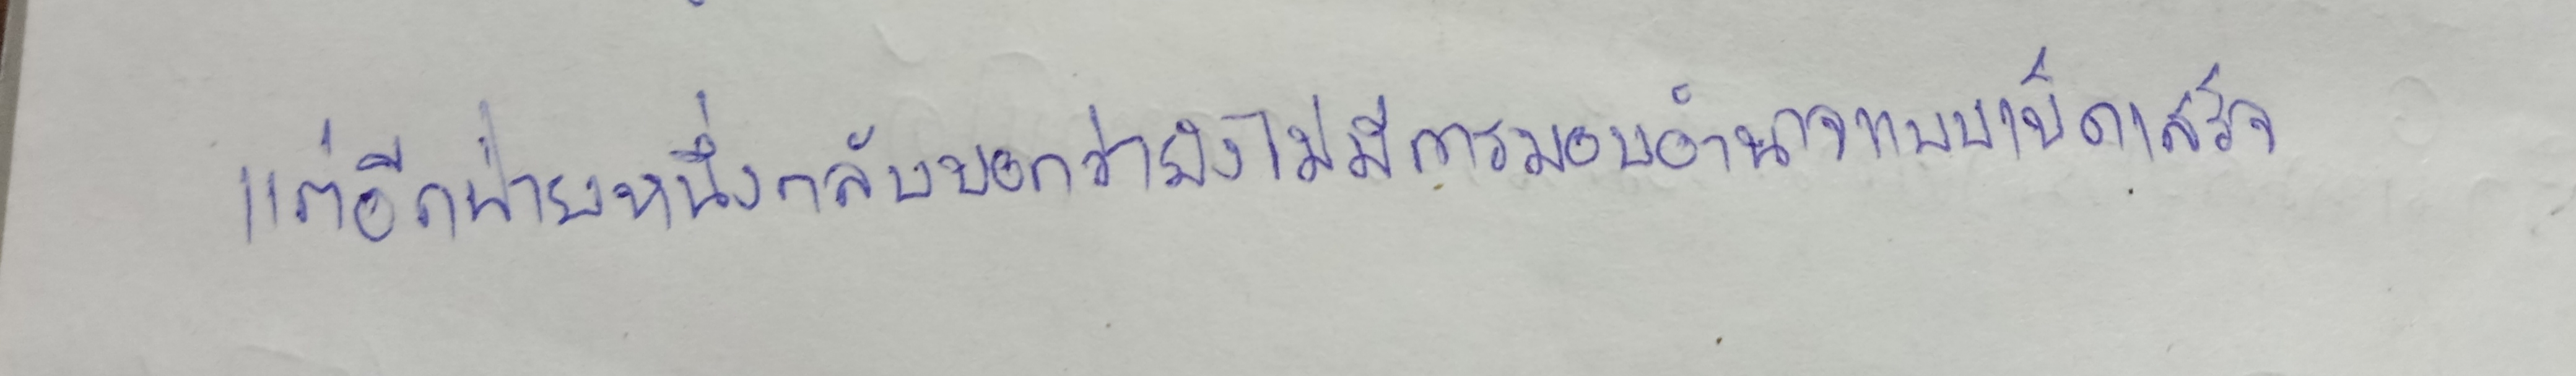
แต่อีกฝ่ายหนึ่งกลับบอกว่ายังไม่มีการมอบอำนาจแบบเบ็ดเสร็จ